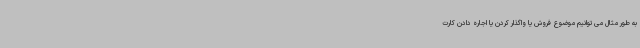
به طور مثال می توانیم موضوع فروش یا واگذار کردن یا اجاره دادن کارت